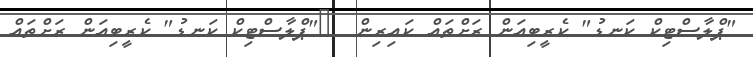
"ޕްލާސްޓިކް ކަނޑު" ކެރީބިއަން ރަށްތައް ކައިރިން  	"ޕްލާސްޓިކް ކަނޑު" ކެރީބިއަން ރަށްތައް